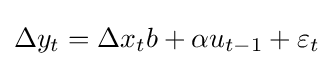
\Delta y_{t}=\Delta x_{t}b+\alpha u_{t-1}+\varepsilon _{t}